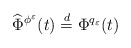
\begin{align*}\widehat \Phi^{\phi^\varepsilon}(t) \overset{ d} {= } \Phi^{q_\varepsilon}(t)\end{align*}